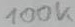
Text: 100K